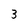
Character: 3